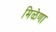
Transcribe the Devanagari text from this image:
मिळेणा